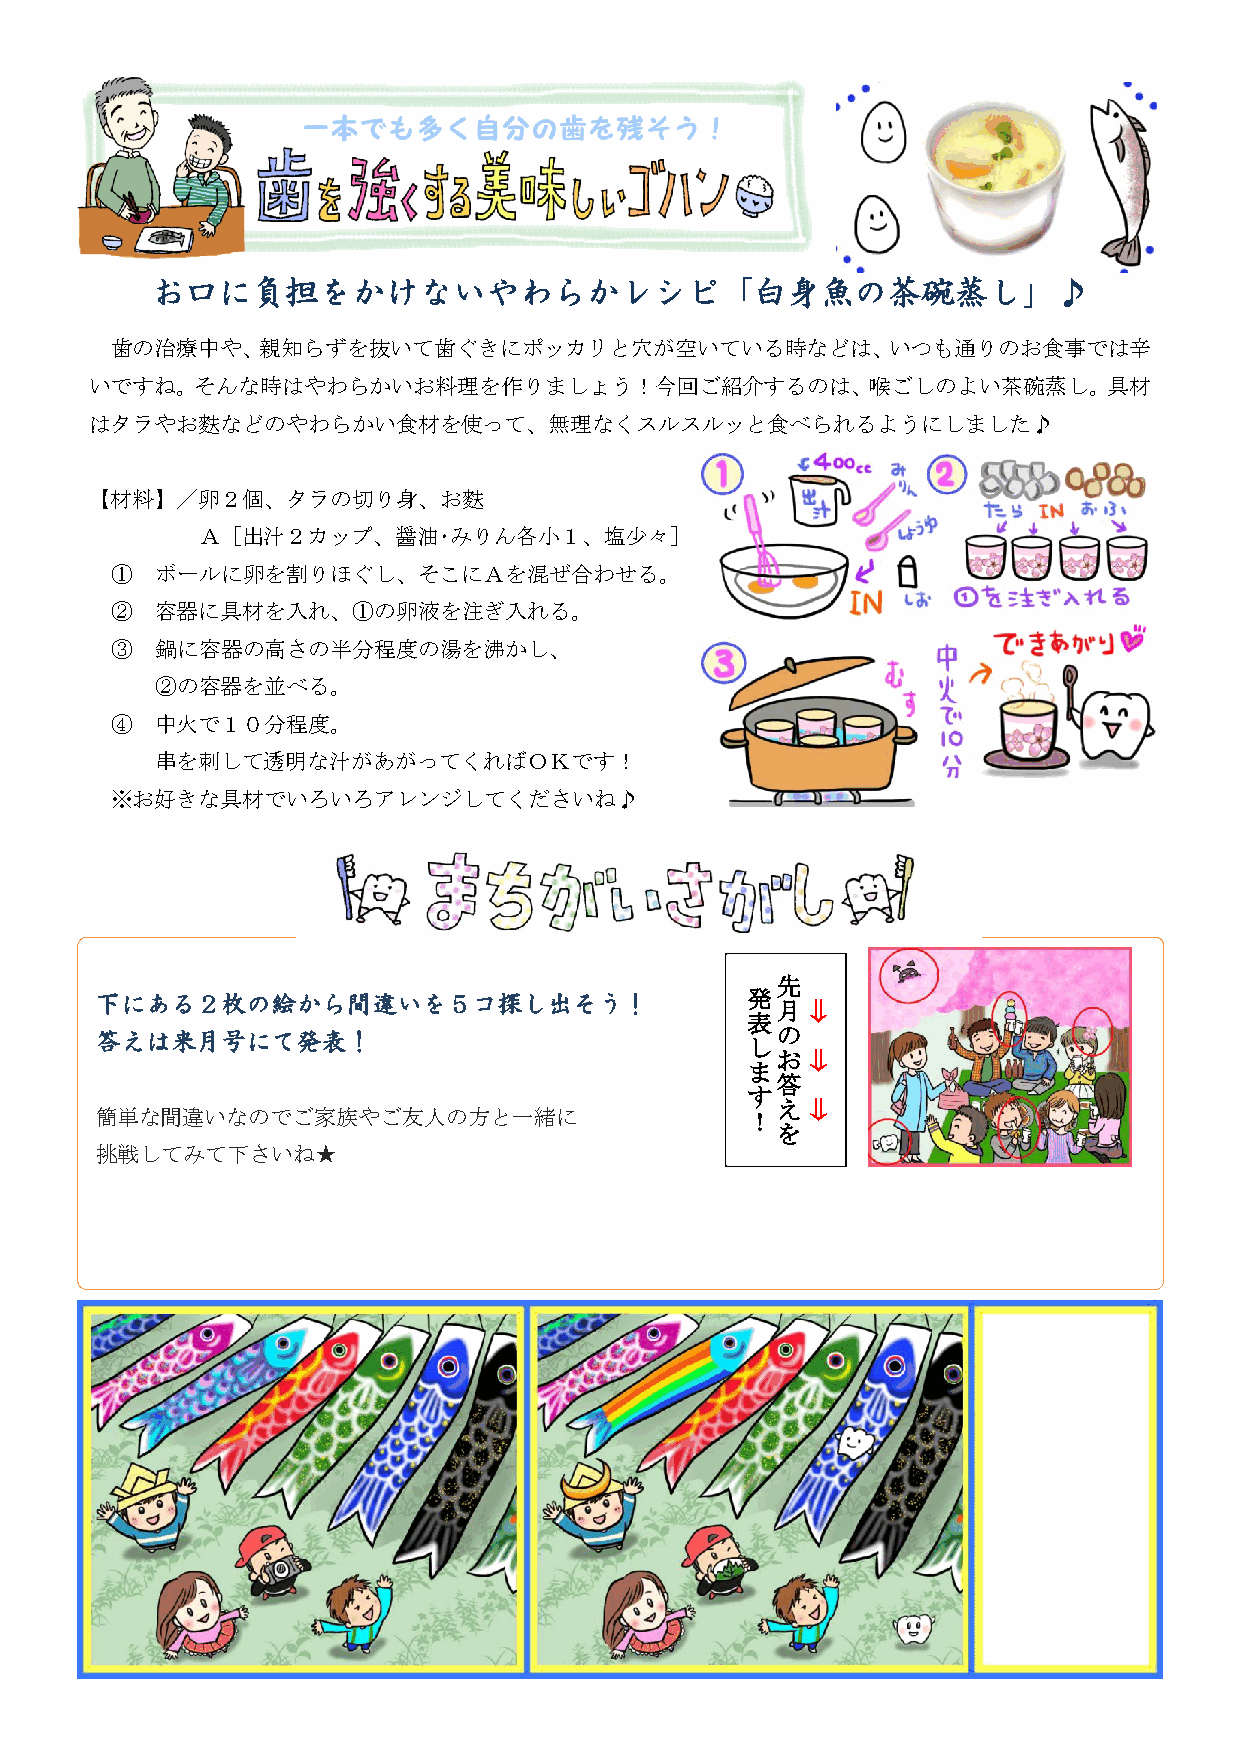
０
 お口に負担をかけないやわらかレシピ「白身魚の茶碗蒸し」♪
 歯の治療中や、親知らずを抜いて歯ぐきにポッカリと穴が空いている時などは、いつも通りのお食事では辛
 いですね。そんな時はやわらかいお料理を作りましょう！今回ご紹介するのは、喉ごしのよい茶碗蒸し。具材
 はタラやお麩などのやわらかい食材を使って、無理なくスルスルッと食べられるようにしました♪
 【材料】／卵２個、タラの切り身、お麩
 Ａ［出汁２カップ、醤油･みりん各小１、塩少々］
 ①  ボールに卵を割りほぐし、そこにＡを混ぜ合わせる。
 ②  容器に具材を入れ、①の卵液を注ぎ入れる。
 ③  鍋に容器の高さの半分程度の湯を沸かし、
 ②の容器を並べる。
 ④  中火で１０分程度。
 串を刺して透明な汁があがってくればＯＫです！
 ※お好きな具材でいろいろアレンジしてくださいね♪
 先
 下にある２枚の絵から間違いを５コ探し出そう！                     発
 月⇒
 表
 答えは来月号にて発表！                                しの
 お⇒
 ま
 答
 す
 え⇒
 簡単な間違いなのでご家族やご友人の方と一緒に                     ！
 を
 挑戦してみて下さいね★